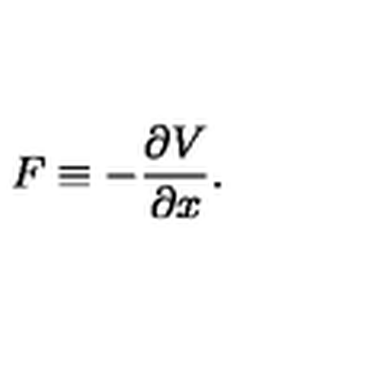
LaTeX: F \equiv - \frac { \partial V } { \partial x } .